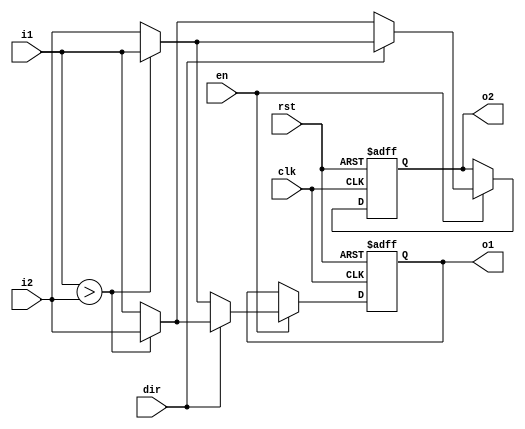
`timescale 1ns / 1ps

module CAS_dual#(parameter DATA_WIDTH=32)(
    input wire [DATA_WIDTH-1:0] i1,
    input wire [DATA_WIDTH-1:0] i2,
    input wire dir,
    input wire clk,
    input wire rst,
    input wire en,
    output reg[DATA_WIDTH-1:0] o1,
    output reg[DATA_WIDTH-1:0] o2
    );
    reg[DATA_WIDTH-1:0] o1_temp,o2_temp;
    
    always@*
      begin
     if(en) begin 
     //en =1
      if(dir)begin // dir =1 here is ascending
        if(i1>i2) begin 
          o2_temp=i1;
          o1_temp=i2;
        end
        else begin 
          o1_temp=i1;
          o2_temp=i2;
        end
      end
      
      else begin // dir =0 here is descending 
      if(i1>i2) begin 
          o2_temp=i2;
          o1_temp=i1;
      end
        else begin 
          o1_temp=i2;
          o2_temp=i1;
         end
      end
     end
     //en =0
      else begin 
	o1_temp=o1;
	o2_temp=o2;
      end
     end
     
     //Registered output easy to use for pipeline 
    always @(posedge clk or posedge rst)
      begin
	  if(rst) begin 
	  o1<='b0;
	  o2<='b0;
          end
	  else begin
          o1<=o1_temp;
          o2<=o2_temp;
	  end
      end

endmodule